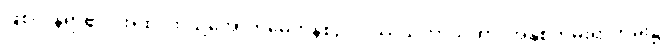
ဖြစ်ကုန်ရာ၏။ အထ၊ ထိုသို့အောက်မေ့ကုန်စဉ်။ ဝဿသတာယုကာ၊ အနှစ်တမ်းရာတမ်း၌